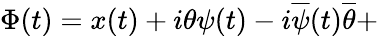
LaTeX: \Phi(t)=x(t)+i\theta\psi(t)-i\overline{{{\psi}}}(t)\overline{{{\theta}}}+